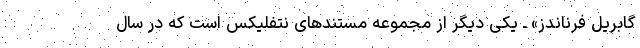
گابریل فرناندز» ـ یکی دیگر از مجموعه مستندهای نتفلیکس است که در سال